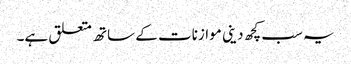
یہ سب کچھ دینی موازنات کے ساتھ متعلق ہے۔